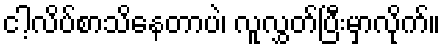
ငါ့လိပ်စာသိနေတာပဲ၊ လူလွှတ်ပြီးမှာလိုက်။